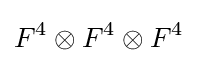
F^{4}\otimes F^{4}\otimes F^{4}